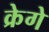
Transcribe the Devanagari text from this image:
क्रेगे